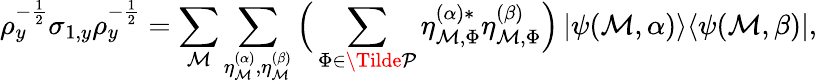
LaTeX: \rho_{y}^{-\frac{1}{2}}\sigma_{1,y}\rho_{y}^{-\frac{1}{2}}=\sum_{\mathcal{M}}\sum_{\eta_{\mathcal{M}}^{(\alpha)},\eta_{\mathcal{M}}^{(\beta)}}\Big(\sum_{\Phi\in\Tilde{\mathcal{P}}}\eta_{\mathcal{M},\Phi}^{(\alpha)*}\eta_{\mathcal{M},\Phi}^{(\beta)}\Big)\left|\psi(\mathcal{M},\alpha)\middle>\middle<\psi(\mathcal{M},\beta)\right|,